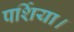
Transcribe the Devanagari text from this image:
पर्शिया।